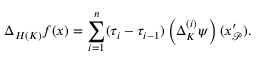
\Delta _ { H ( K ) } f ( x ) = \sum _ { i = 1 } ^ { n } ( \tau _ { i } - \tau _ { i - 1 } ) \left( \Delta _ { K } ^ { ( i ) } \psi \right) ( x _ { \mathcal { P } } ^ { \prime } \mathbf { ) . }